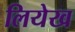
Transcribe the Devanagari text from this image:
लियेख